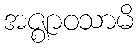
အဇ္ဈာဝသာမိ